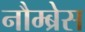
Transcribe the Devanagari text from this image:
नौम्ब्रेस